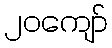
၂၀ကျော်